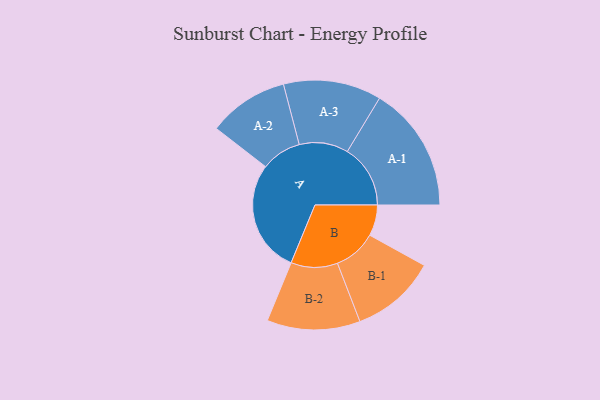
{"axis": {"x": "Segment", "y": "Value"}, "legend": ["", "A", "B"], "data": [{"x": "A", "y": 474, "type": ""}, {"x": "B", "y": 130, "type": ""}, {"x": "A-1", "y": 265, "type": "A"}, {"x": "A-2", "y": 169, "type": "A"}, {"x": "A-3", "y": 206, "type": "A"}, {"x": "B-1", "y": 180, "type": "B"}, {"x": "B-2", "y": 196, "type": "B"}]}